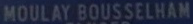
MOULAY BOUSSELHAM